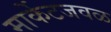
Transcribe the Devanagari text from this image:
मार्केटजवळ